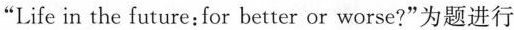
“Life in the future：for better or worse?”为题进行